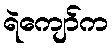
ရဲကျော်က